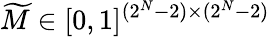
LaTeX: \widetilde{M}\in[0,1]^{(2^{N}-2)\times(2^{N}-2)}